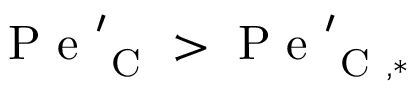
\mathrm { ~ P ~ e ~ } _ { \mathrm { ~ C ~ } } ^ { \prime } > \mathrm { ~ P ~ e ~ } _ { \mathrm { ~ C ~ } , * } ^ { \prime }